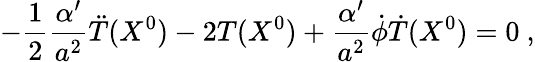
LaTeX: -\frac{1}{2}\frac{\alpha^{\prime}}{a^{2}}\ddot{T}(X^{0})-2T(X^{0})+\frac{\alpha^{\prime}}{a^{2}}\dot{\phi}\dot{T}(X^{0})=0\ ,